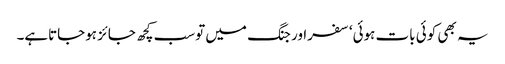
یہ بھی کوئی بات ہوئی‘ سفراور جنگ میں توسب کچھ جائز ہوجاتاہے۔